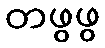
တဖွဖွ